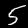
Label: 5